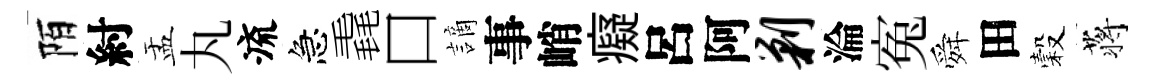
陌紂盂丸流急毳口謫事峭癡呂阿剿淪寃舜田穀蒋